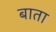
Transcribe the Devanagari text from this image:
बाता